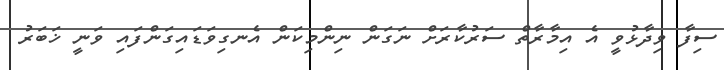
ސިފާ ވިދާޅުވީ އެ އިމާރާތް ސަރުކާރަށް ނަގަން ނިންމިކަން އެނގިވަޑައިގަންފައި ވަނީ ޚަބަރު